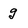
Character: g